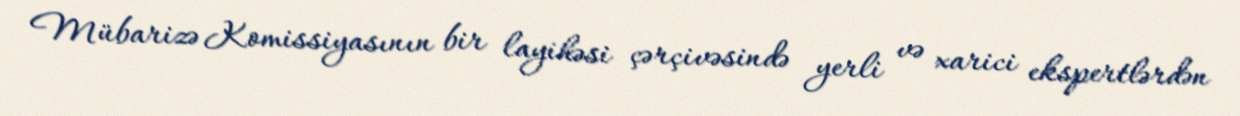
Mübarizə Komissiyasının bir layihəsi çərçivəsində yerli və xarici ekspertlərdən